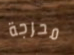
محرجة